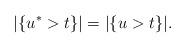
LaTeX: \begin{align*}|\{u^*>t\}|=|\{u>t\}|.\end{align*}